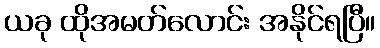
ယခု ထိုအမတ်လောင်း အနိုင်ရပြီ။